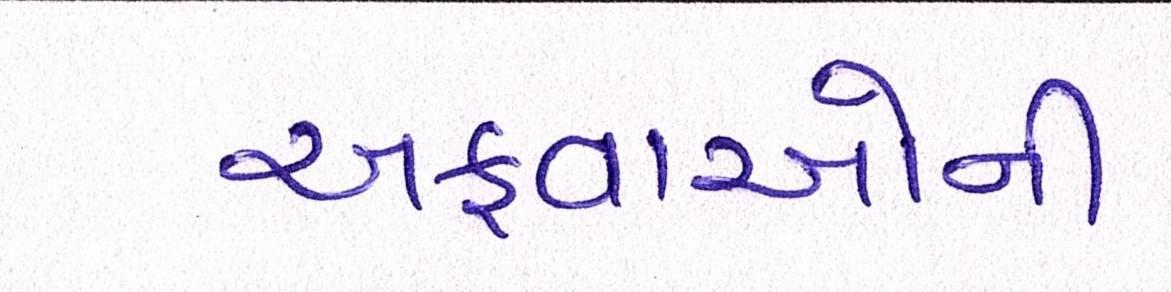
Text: અફવાઓની